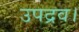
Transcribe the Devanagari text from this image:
उपद्रव।